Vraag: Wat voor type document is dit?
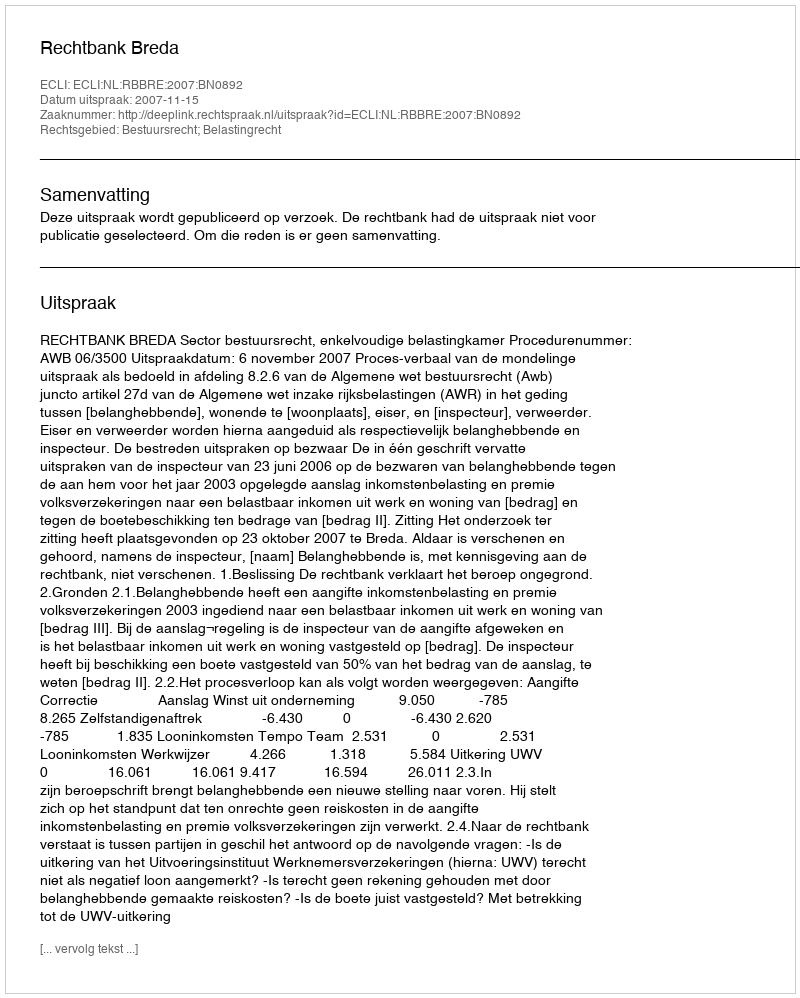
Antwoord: Uitspraak